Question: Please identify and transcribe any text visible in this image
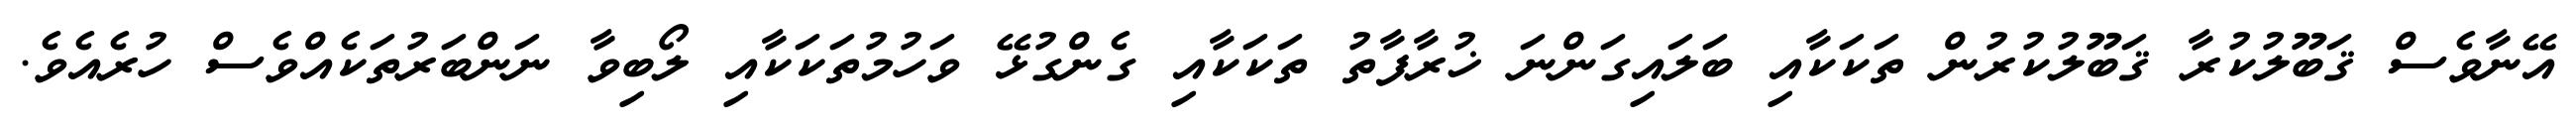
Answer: އޭނާވެސް ޤަބޫލުކުރާ ޤަބޫލުކުރުން ތަކަކާއި ބަލައިގަންނަ ޚުރާފާތު ތަކަކާއި ގެންގުޅޭ ވަހުމުތަކަކާއި ލޯބިވާ ނަންބަރުތަކެއްވެސް ހުރެއެވެ.